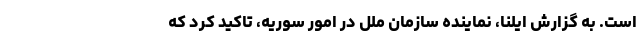
است. به گزارش ایلنا، نماینده سازمان ملل در امور سوریه، تاکید کرد که